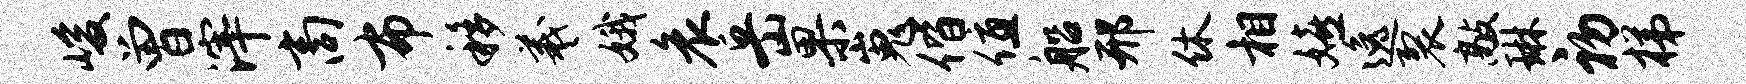
峻曾滓商布移羲娥哀岳果嵬偕值船邢休相嬉逸裂敲琳初梯